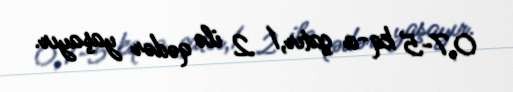
0,7-5 kq-a çatır,1 2 ilə qədər yaşayır.